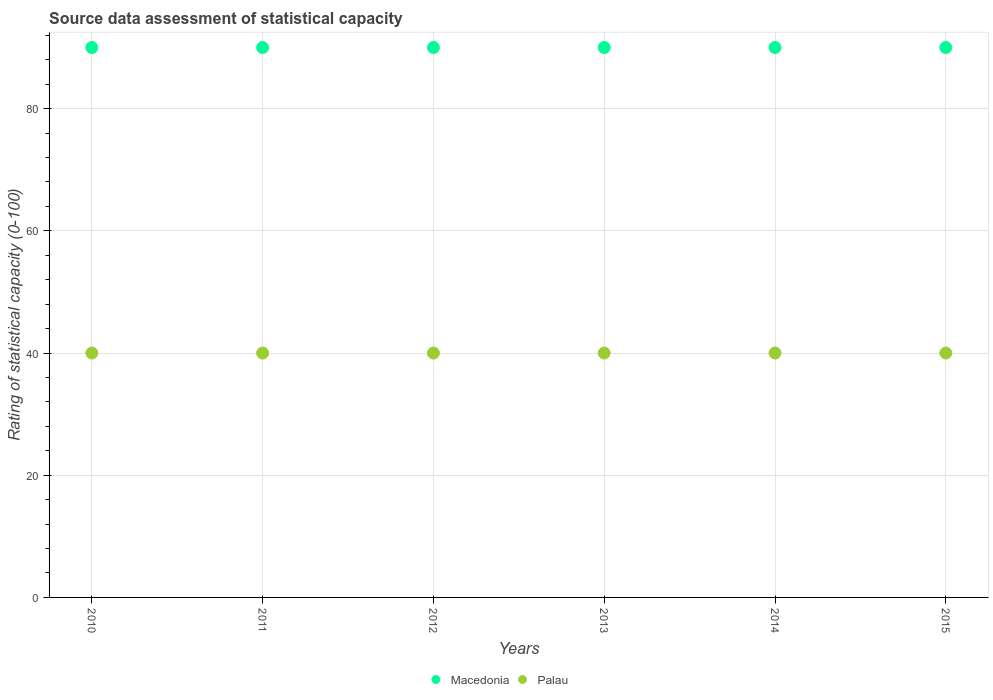
| Years | Macedonia | Palau |
 | --- | --- | --- |
 | 2010 | 90 | 40 |
 | 2011 | 90 | 40 |
 | 2012 | 90 | 40 |
 | 2013 | 90 | 40 |
 | 2014 | 90 | 40 |
 | 2015 | 90 | 40 |